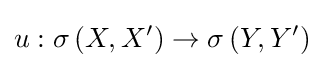
u:\sigma \left(X,X'\right)\to \sigma \left(Y,Y'\right)